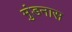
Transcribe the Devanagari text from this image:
मुंडनास